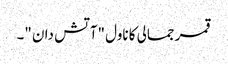
قمر جمالی کا ناول "آتش دان "۔